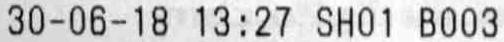
30-06-18 13:27 SH01 B003